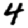
Digit: 4